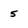
Character: 5